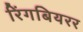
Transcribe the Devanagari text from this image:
रिंगबियरर